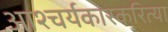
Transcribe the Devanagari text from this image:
आश्चर्यकारकरित्या